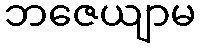
ဘဇေယျာမ